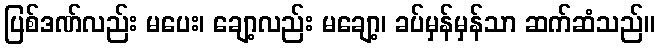
ပြစ်ဒဏ်လည်း မပေး၊ ချော့လည်း မချော့၊ ခပ်မှန်မှန်သာ ဆက်ဆံသည်။